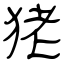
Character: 狫